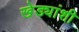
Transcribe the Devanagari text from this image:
खेड्यांशी